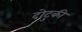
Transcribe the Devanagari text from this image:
दोटुकी